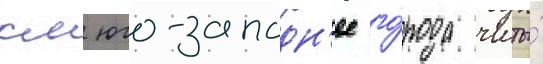
км юго-западн'ее го́рода читы́